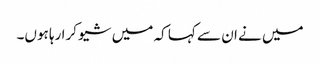
میں نے ان سے کہا کہ میں شیو کرا رہا ہوں۔